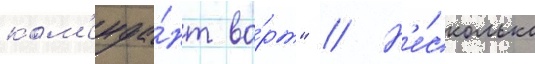
ком'енда́нт во́рт" // Н'е́сколько